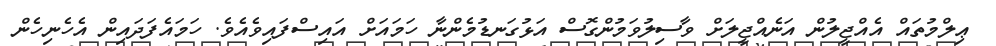
ޢިލްމުތައް އެއްޖީލުން އަނެއްޖީލަށް ވާސިލުވަމުންގޮސް އަޅުގަނޑުމެންނާ ހަމައަށް އައިސްފައިވެއެވެ. ހަމައެފަދައިން އެހެނިހެން